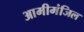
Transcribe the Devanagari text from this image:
आमीमंजिल